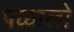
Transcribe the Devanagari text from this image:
पळालो